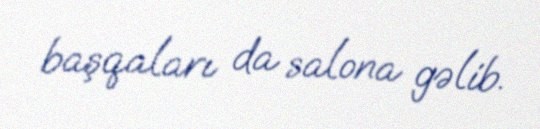
başqaları da salona gəlib.